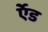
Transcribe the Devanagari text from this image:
र्एेड